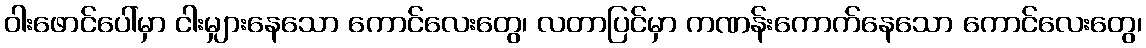
ဝါးဖောင်ပေါ်မှာ ငါးမျှားနေသော ကောင်လေးတွေ၊ လတာပြင်မှာ ကဏန်းကောက်နေသော ကောင်လေးတွေ၊